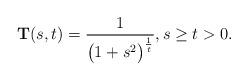
LaTeX: \begin{align*} \mathbf{T}(s,t)= \frac1{\big(1+s^2\big)^{\frac1t}}, s\geq t>0. \end{align*}